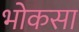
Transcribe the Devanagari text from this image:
भोकसा